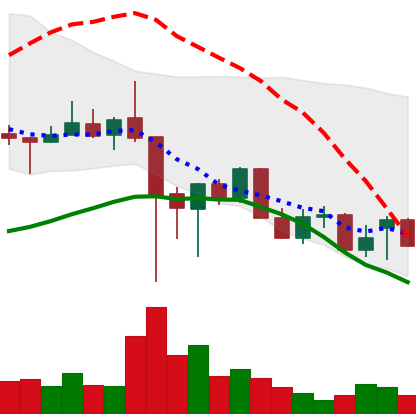
Ticker: XLM-USD
Chart end date: 2021-12-16
Forward return: 4.57%
Label: up_3_5